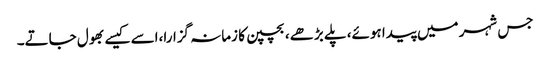
جس شہر میں پیدا ہوئے، پلے بڑھے، بچپن کا زمانہ گزارا،اسے کیسے بھول جاتے۔